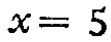
\(x = 5\)